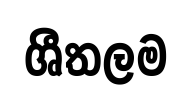
ශීතලම